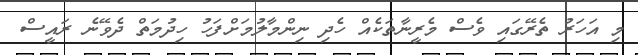
މި އަހަރު ތެރޭގައި ވެސް މެރީނާތަކެއް ހެދި ނިންމާލުމަށްފަހު ހިދުމަތް ދެވޭނެ ރައީސް